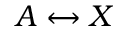
A \leftrightarrow X